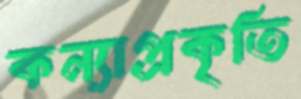
কন্যাপ্রকৃতি